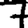
Digit: 7